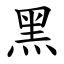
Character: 黑